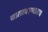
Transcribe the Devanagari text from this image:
वातावरणातच